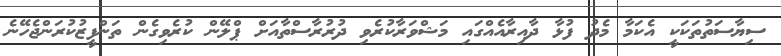
ސިޔާސަތުތަކަކީ އެކަމާ މެދު ފުޅާ ދާއިރާއެއްގައި މަޝްވަރާކުރެވި ދުރުރާސްތާއަށް ޕްލޭން ކުރެވިގެން ތަންފީޒުކުރަންޖެހޭނެ